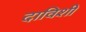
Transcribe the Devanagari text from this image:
दाविशी